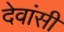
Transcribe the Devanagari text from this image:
देवांसी